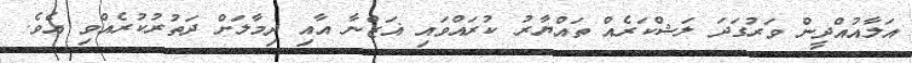
އަލާއުއްދީން ވަރުގަދަ ލަޝްކަރެއް ތައްޔާރު ކުރައްވައި ޣަޒްނާ އާއި ދިމާލަށް ދަތުރުކުރެއްވި އެވެ.